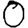
Digit: 0